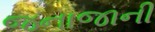
જનાજાની